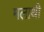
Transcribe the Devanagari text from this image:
मलाथी